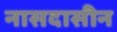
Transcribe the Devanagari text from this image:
नासदासीन